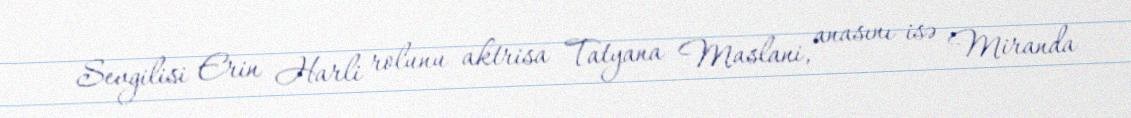
Sevgilisi Erin Harli rolunu aktrisa Tatyana Maslani, anasını isə Miranda